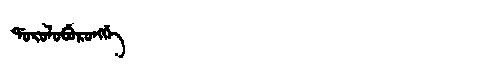
Manchu: ᡩᠣᡵᠣᠯᠣᠪᡠᡵᠣᠩᡤᡝ
Romanization: DOROLOBURONGGE